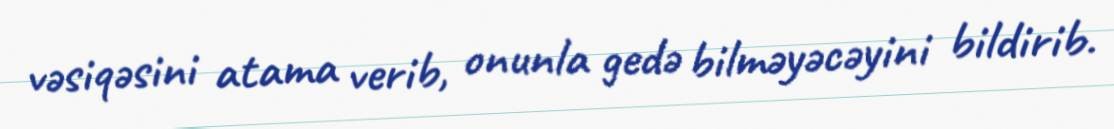
vəsiqəsini atama verib, onunla gedə bilməyəcəyini bildirib.